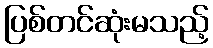
ပြစ်တင်ဆုံးမသည့်